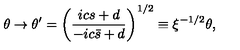
\theta \rightarrow \theta ^ { \prime } = \left( \frac { i c s + d } { - i c \bar { s } + d } \right) ^ { 1 / 2 } \equiv \xi ^ { - 1 / 2 } \theta ,